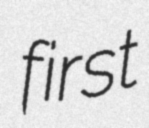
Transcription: first